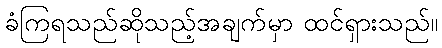
ခံကြရသည်ဆိုသည့်အချက်မှာ ထင်ရှားသည်။